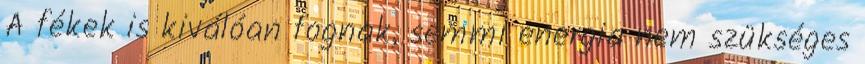
A fékek is kiválóan fognak, semmi energia nem szükséges